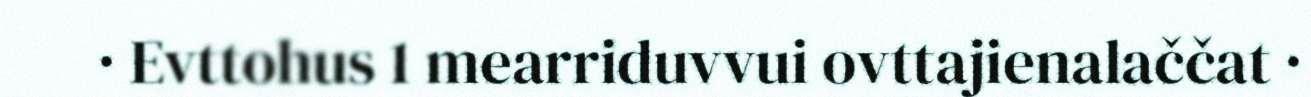
· Evttohus 1 mearriduvvui ovttajienalaččat ·